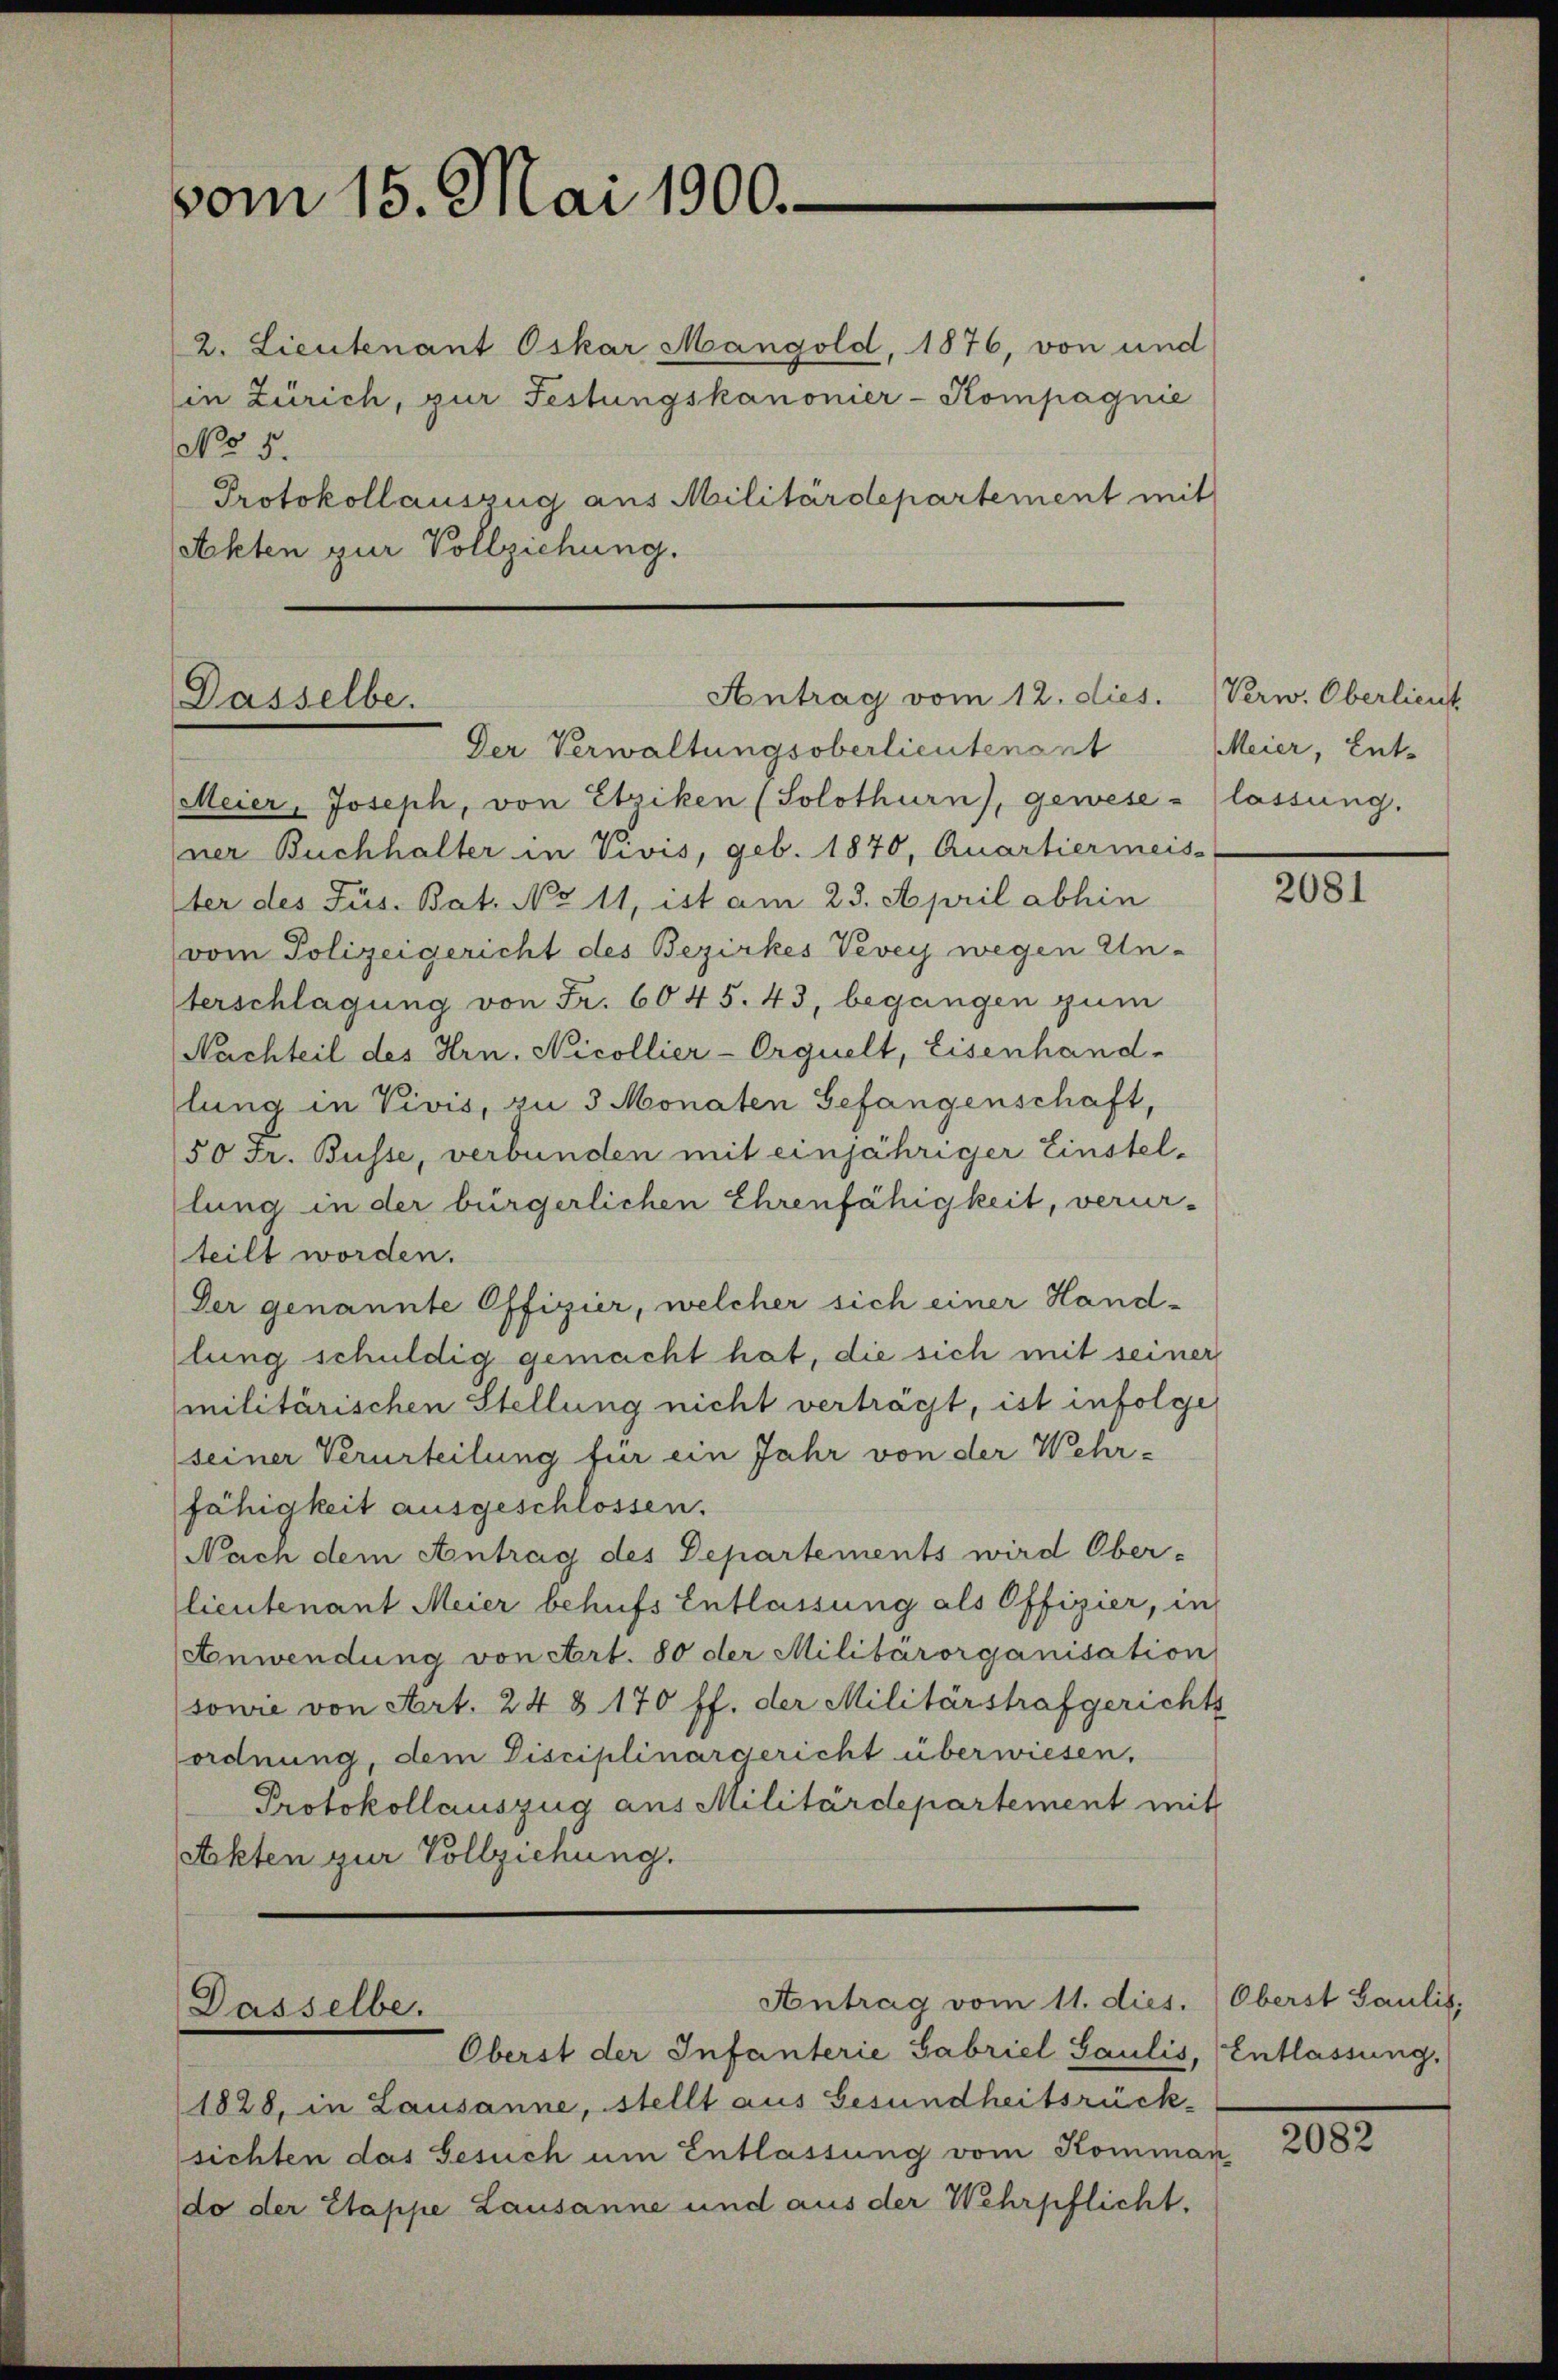
vom 15. Mai 1900.

2. Lieutenant Oskar Mangold, 1876, von und
in Zürich, zur Festungskanonier-Kompagnie
No 5.
Protokollauszug aus Militärdepartement mit
Achten zur Vollziehung.

Antrag vom 12. dies.
Dasselbe.

Dasselbe.

Antrag vom 11. dies. (Oberst Paulis,

Der Verwaltungsoberlieutenant
Meier, Joseph, von Etziken (Solothurn), gewese - lassung.
ner Buchhalter in Vivis, geb. 1870, Quartiermeis
Iter des Fus. Bat. No 11, ist am 23. April abhin
vom Polizeigericht des Bezirkes Vevey wegen Unterschlagung von Fr. 6045. 43, begangen zum
Nachteil des Hrn. Nicollier-Orguelt, Eisenhand-
lung in Vivis, zu 3 Monaten Gefangenschaft,
50 Fr. Busse, verbunden mit einjähriger Einstellung in der bürgerlichen Ehrenfähigkeit, verur-
teilt worden.
Der genannte Offizier, welcher sich einer Hand-
lung schuldig gemacht hat, die sich mit seiner
militärischen Stellung nicht verträgt, ist infolge
seiner Verurteilung für ein Jahr von der Wehrfähigkeit ausgeschlossen.
Nach dem Antrag des Departements wird Ober-
(lieutenant Meier behufs Entlassung als Offizier, in
Anwendung von Art. 80 der Militärorganisation
(sowie von Art. 24 § 170 ff. der Militärstrafgerichts
ordnung, dem Disciplinargericht überwiesen,
Protokollauszug aus Militärdepartement mit
Ackten zur Vollziehung.

Oberst der Infanterie Gabriel Saulis, Entlassung.
1828, in Lausanne, stellt aus Gesundheitsrücksichten das Gesuch um Entlassung vom Komman
do der Etappe Lausanne und aus der Wehrpflicht.

Verw. Oberlieut
Meier, Ent-

2081

2082